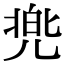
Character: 兠